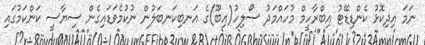
ނަމަ އިދިކޮޅު ކެންޑިޑޭޓު އިބްރާހީމް މުހައްމަދު ސޯލިހު(އިބޫ)ގެ އަނބިކަނބަލުން ނުކުމެވަޑައިގެން ސިޔާސީ ކަންކަމުގައި